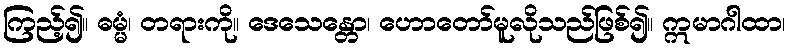
ကြည့်၍။ ဓမ္မံ၊ တရားကို။ ဒေသေန္တော၊ ဟောတော်မူလိုသည်ဖြစ်၍။ ဣမာဂါထာ၊